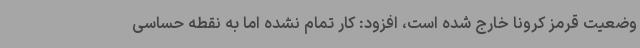
وضعیت قرمز کرونا خارج شده است، افزود: کار تمام نشده اما به نقطه حساسی